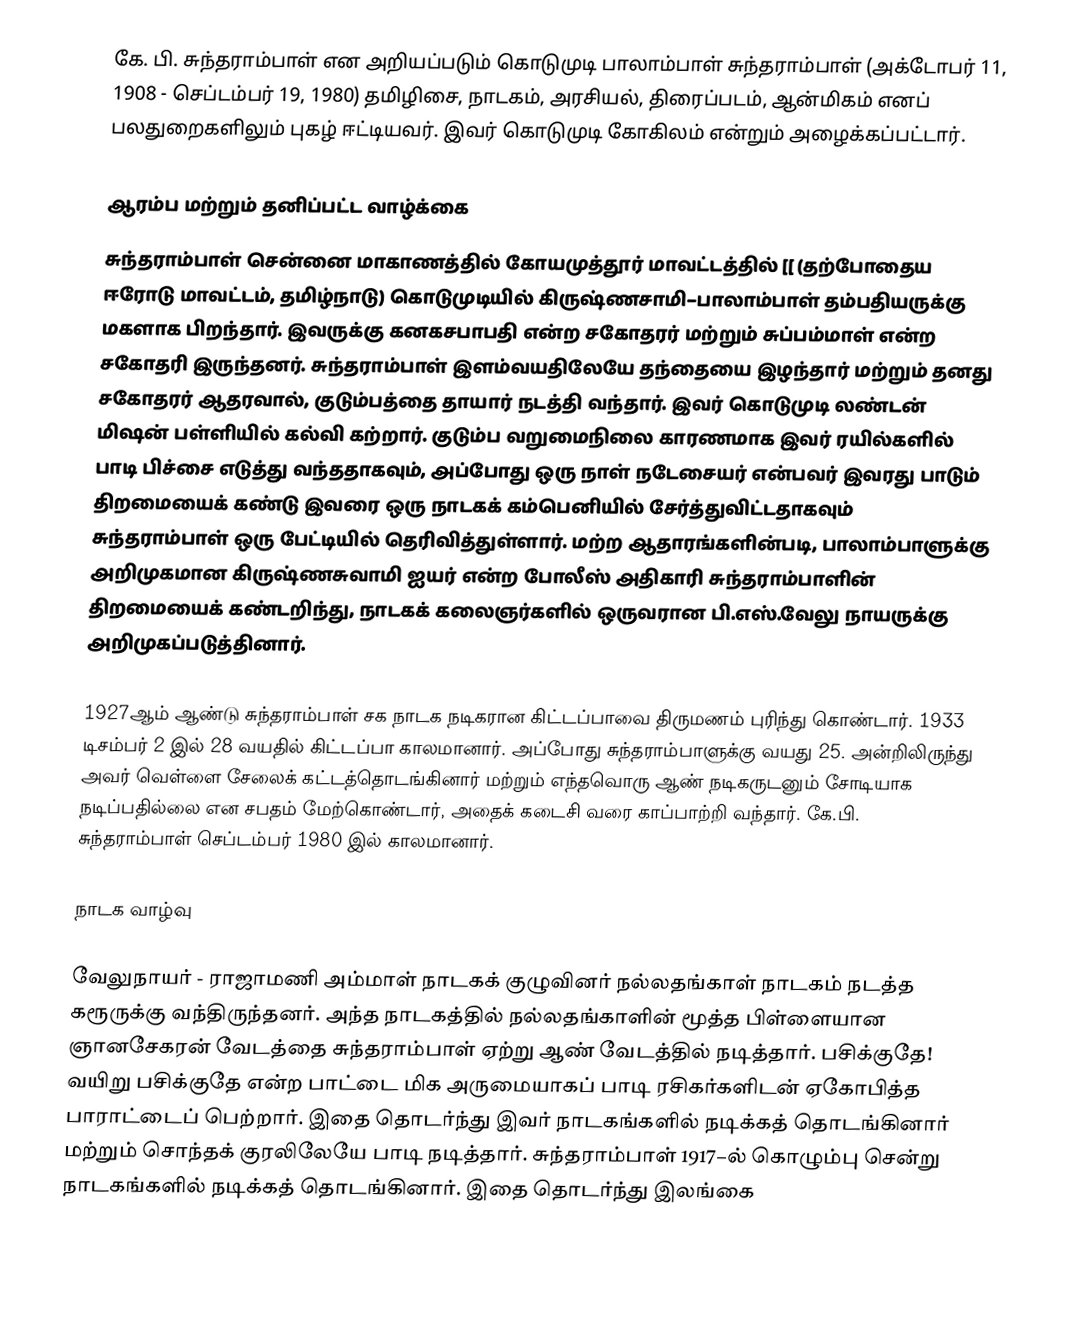
கே. பி. சுந்தராம்பாள் என அறியப்படும் கொடுமுடி பாலாம்பாள் சுந்தராம்பாள் (அக்டோபர் 11, 1908 - செப்டம்பர் 19, 1980) தமிழிசை, நாடகம், அரசியல், திரைப்படம், ஆன்மிகம் எனப் பலதுறைகளிலும் புகழ் ஈட்டியவர். இவர் கொடுமுடி கோகிலம் என்றும் அழைக்கப்பட்டார்.

ஆரம்ப மற்றும் தனிப்பட்ட வாழ்க்கை
சுந்தராம்பாள் சென்னை மாகாணத்தில் கோயமுத்தூர் மாவட்டத்தில் [[ (தற்போதைய ஈரோடு மாவட்டம், தமிழ்நாடு) கொடுமுடியில் கிருஷ்ணசாமி–பாலாம்பாள் தம்பதியருக்கு மகளாக பிறந்தார். இவருக்கு கனகசபாபதி என்ற சகோதரர் மற்றும் சுப்பம்மாள் என்ற சகோதரி  இருந்தனர். சுந்தராம்பாள் இளம்வயதிலேயே தந்தையை இழந்தார் மற்றும் தனது சகோதரர் ஆதரவால், குடும்பத்தை தாயார் நடத்தி வந்தார். இவர் கொடுமுடி லண்டன் மிஷன் பள்ளியில் கல்வி கற்றார். குடும்ப வறுமைநிலை காரணமாக இவர் ரயில்களில் பாடி பிச்சை எடுத்து வந்ததாகவும், அப்போது ஒரு நாள் நடேசையர் என்பவர் இவரது பாடும் திறமையைக் கண்டு இவரை ஒரு நாடகக் கம்பெனியில் சேர்த்துவிட்டதாகவும் சுந்தராம்பாள் ஒரு பேட்டியில் தெரிவித்துள்ளார். மற்ற ஆதாரங்களின்படி, பாலாம்பாளுக்கு அறிமுகமான கிருஷ்ணசுவாமி ஐயர் என்ற போலீஸ் அதிகாரி சுந்தராம்பாளின் திறமையைக் கண்டறிந்து, நாடகக் கலைஞர்களில் ஒருவரான பி.எஸ்.வேலு நாயருக்கு அறிமுகப்படுத்தினார்.

1927ஆம் ஆண்டு சுந்தராம்பாள் சக நாடக நடிகரான கிட்டப்பாவை  திருமணம் புரிந்து கொண்டார். 1933 டிசம்பர் 2 இல் 28 வயதில் கிட்டப்பா காலமானார். அப்போது சுந்தராம்பாளுக்கு வயது 25. அன்றிலிருந்து அவர் வெள்ளை சேலைக் கட்டத்தொடங்கினார் மற்றும் எந்தவொரு ஆண் நடிகருடனும் சோடியாக நடிப்பதில்லை என சபதம் மேற்கொண்டார், அதைக் கடைசி வரை காப்பாற்றி வந்தார். கே.பி. சுந்தராம்பாள் செப்டம்பர் 1980 இல் காலமானார்.

நாடக வாழ்வு

வேலுநாயர் - ராஜாமணி அம்மாள் நாடகக் குழுவினர் நல்லதங்காள் நாடகம் நடத்த கரூருக்கு வந்திருந்தனர். அந்த நாடகத்தில் நல்லதங்காளின் மூத்த பிள்ளையான ஞானசேகரன் வேடத்தை சுந்தராம்பாள் ஏற்று ஆண் வேடத்தில் நடித்தார். பசிக்குதே! வயிறு பசிக்குதே என்ற பாட்டை மிக அருமையாகப் பாடி ரசிகர்களிடன் ஏகோபித்த பாராட்டைப் பெற்றார். இதை தொடர்ந்து இவர் நாடகங்களில் நடிக்கத் தொடங்கினார் மற்றும் சொந்தக் குரலிலேயே பாடி நடித்தார். சுந்தராம்பாள் 1917−ல் கொழும்பு சென்று நாடகங்களில் நடிக்கத் தொடங்கினார். இதை தொடர்ந்து இலங்கை